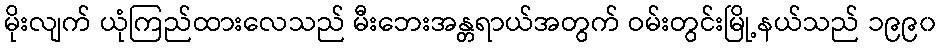
မိုးလျက် ယုံကြည်ထားလေသည် မီးဘေးအန္တရာယ်အတွက် ဝမ်းတွင်းမြို့နယ်သည် ၁၉၉၀